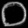
Digit: ၀